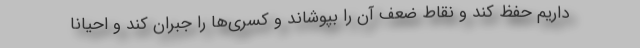
داریم حفظ کند و نقاط ضعف آن را بپوشاند و کسری‌ها را جبران کند و احیانا